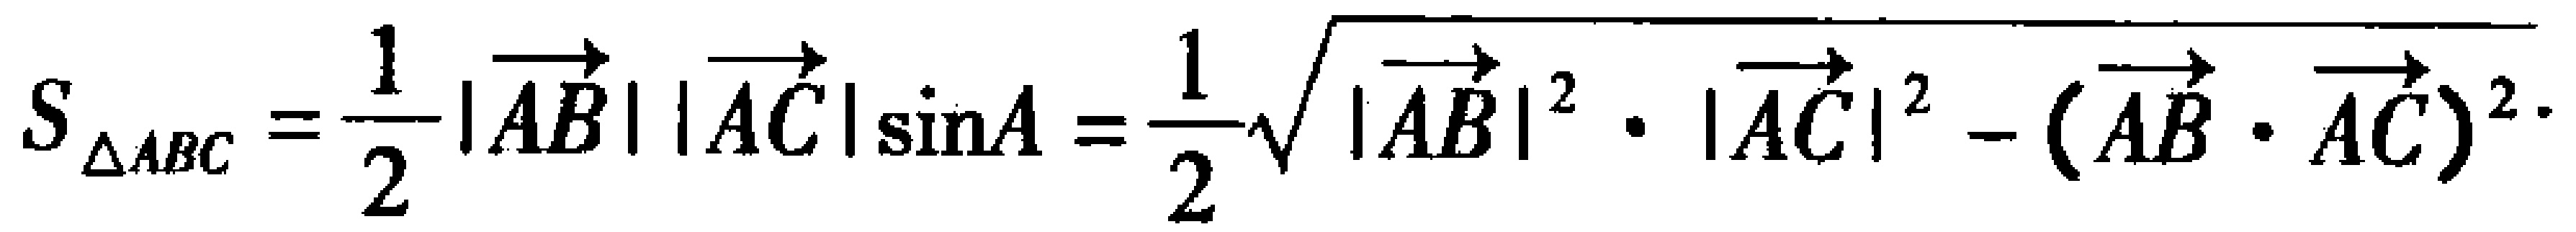
$S_{\triangle ABC}=\frac{1}{2}|\overrightarrow{AB}||\overrightarrow{AC}|\sin A=\frac{1}{2}\sqrt{|\overrightarrow{AB}|^{2}\cdot|\overrightarrow{AC}|^{2}-(\overrightarrow{AB}\cdot\overrightarrow{AC})^{2}}.$